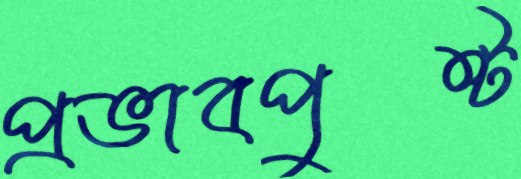
প্রভাবপুষ্ট